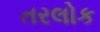
તરલોક